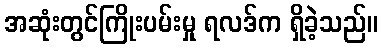
အဆုံးတွင်ကြိုးပမ်းမှု ရလဒ်က ရှိခဲ့သည်။